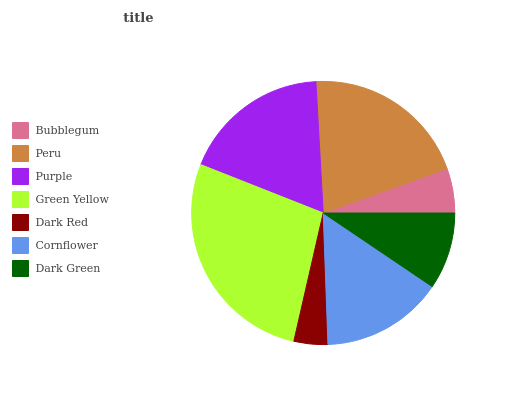
| Bubblegum | Peru | Purple | Green Yellow | Dark Red | Cornflower | Dark Green |
 | --- | --- | --- | --- | --- | --- | --- |
 | 5.48% | 20.4% | 18.2% | 27.4% | 4.16% | 15% | 9.46% |